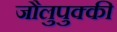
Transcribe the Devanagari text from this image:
जौलुपुक्की